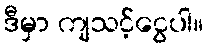
ဒီမှာ ကျသင့်ငွေပါ။